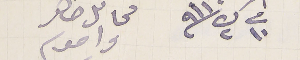
فى ١٠ ك٢ ٩١١ محاىل ضاهر  واخو